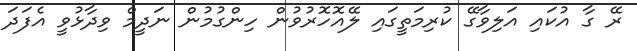
ރޭ ގާ އުކައި އަލިވާގޭ ކުރިމަތީގައި ލޭއޮހޮރުވުން ހިންގުމުން ނަދީމް ވިދާޅުވީ އެފަދަ